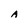
Character: A